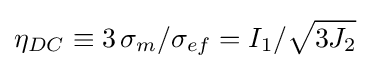
{{\eta }_{DC}}\equiv 3\,{{\sigma }_{m}}/{{\sigma }_{ef}}={{I}_{1}}/{\sqrt {3{{J}_{2}}}}